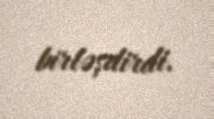
birləşdirdi.